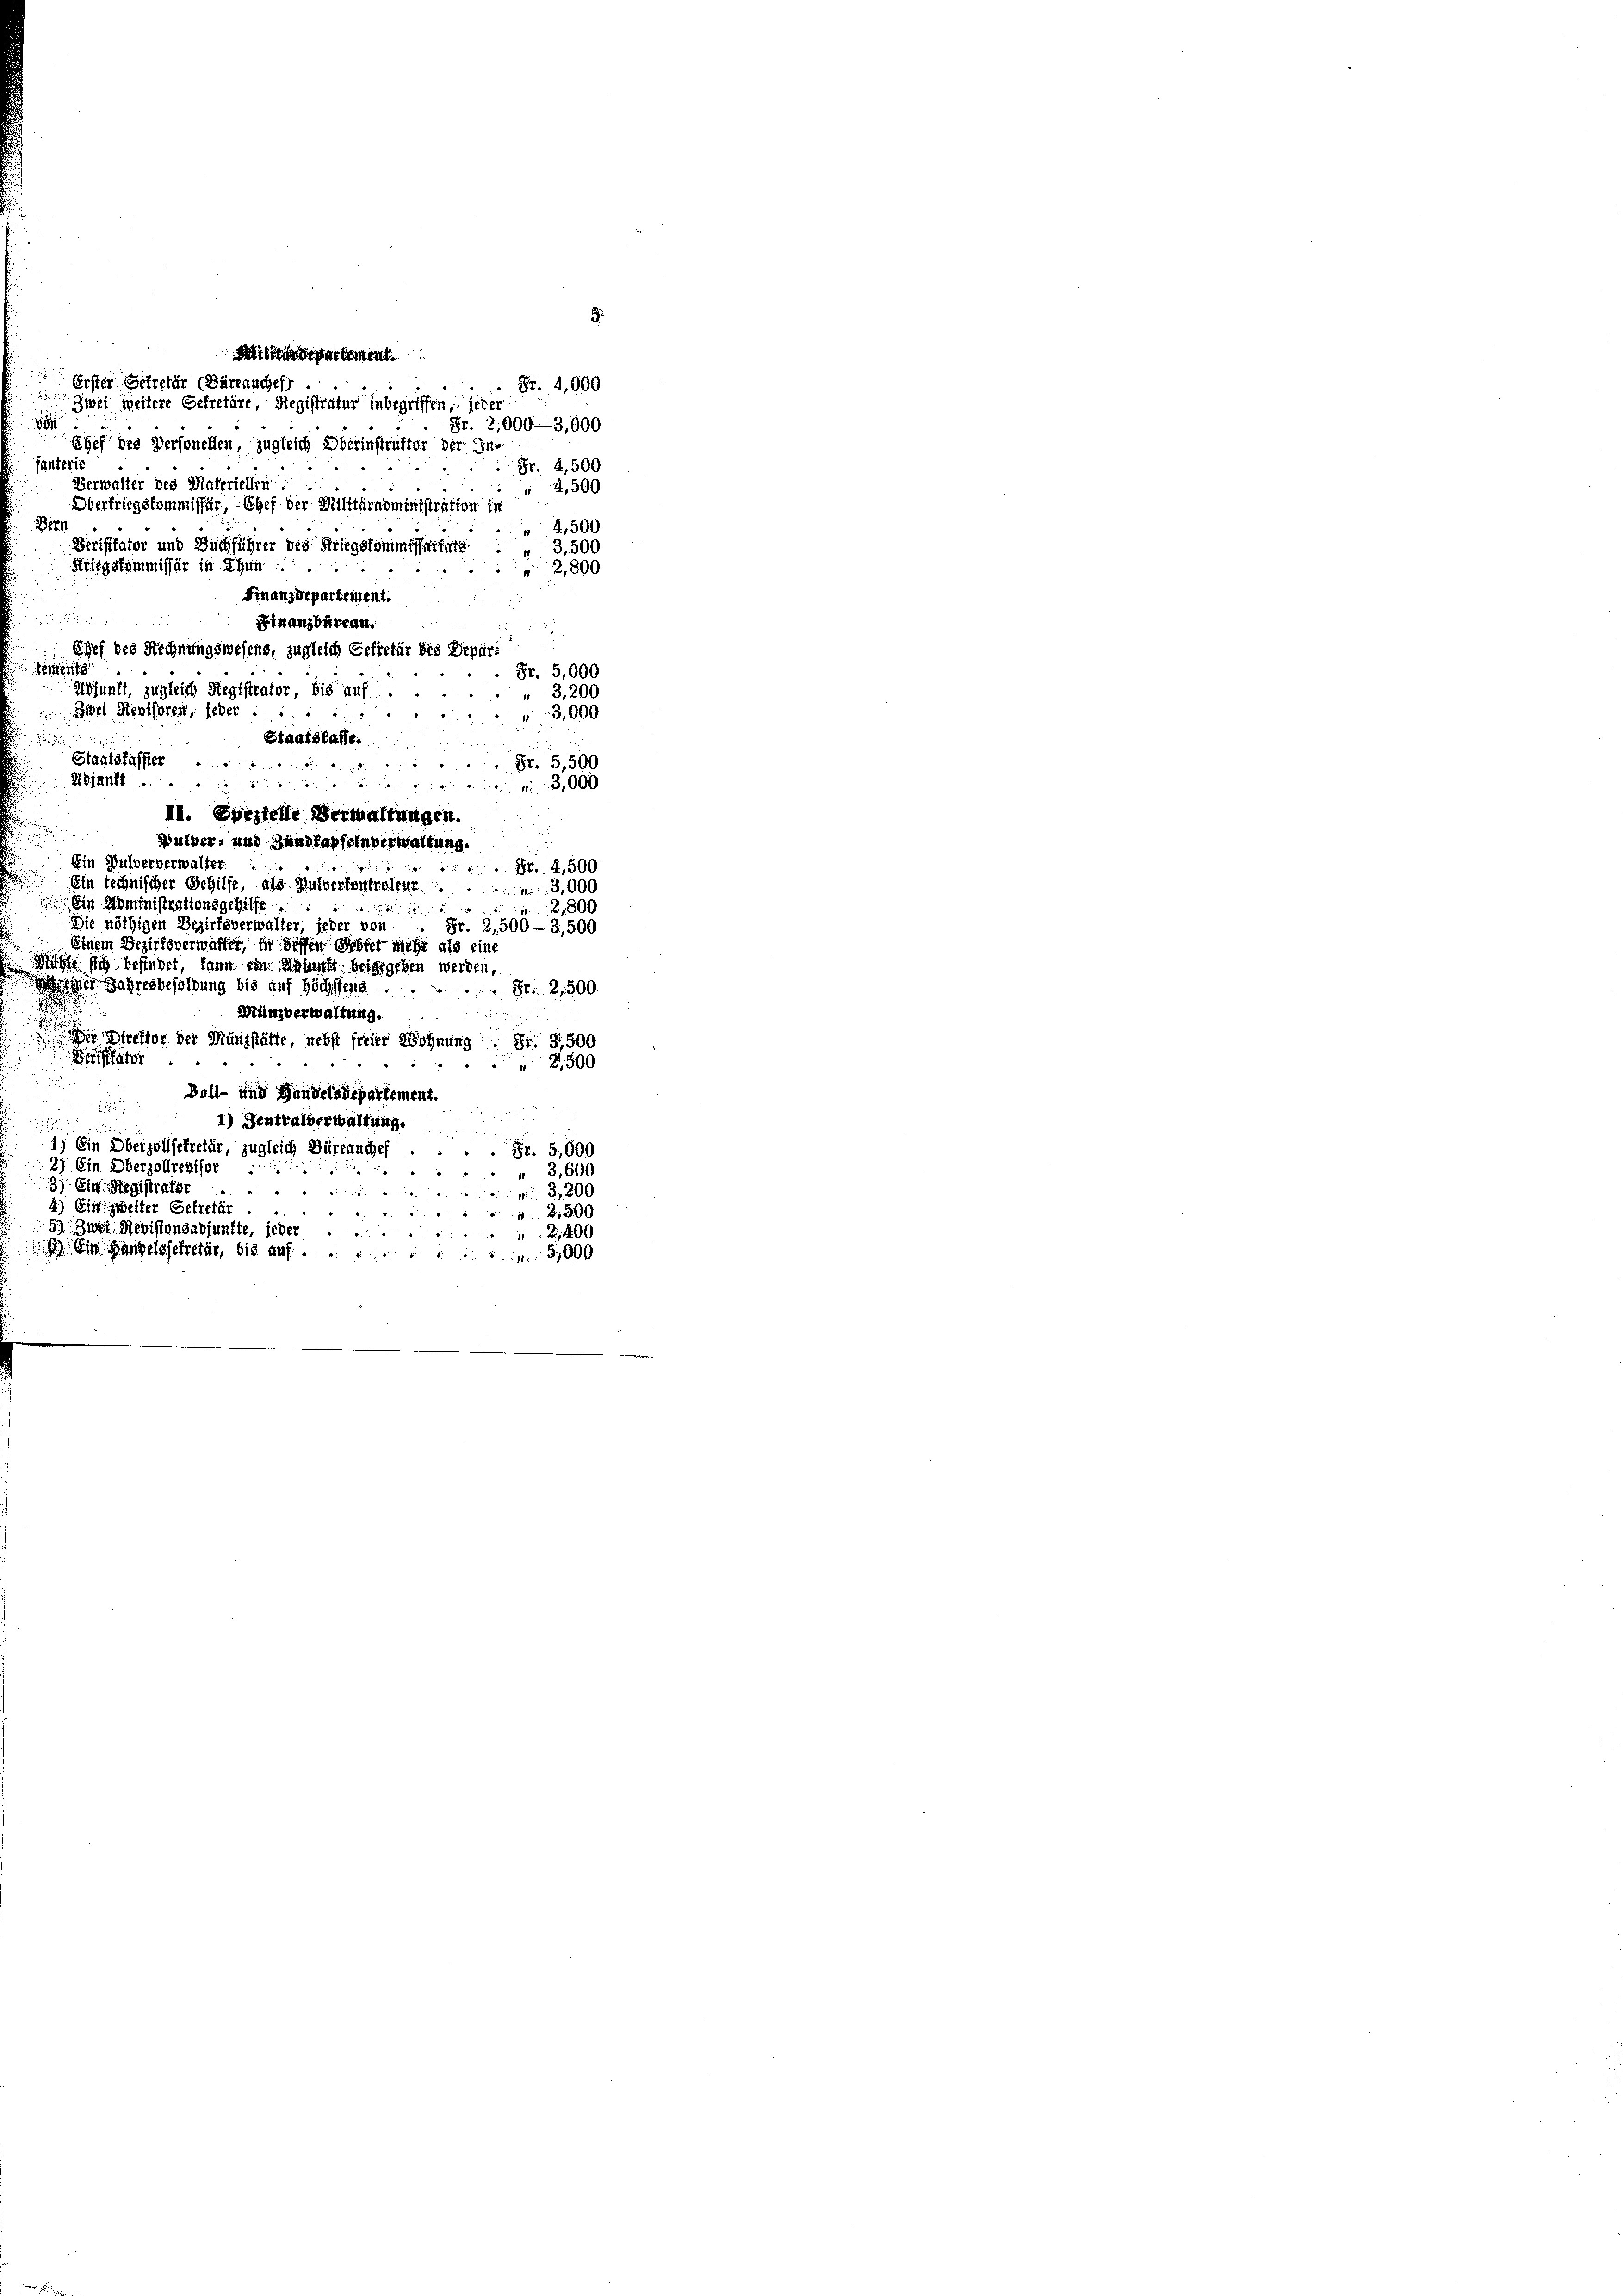
5.
Mittling Partement
Erster Getretär (Bärrauches)
Fr. 4,000
Zwei weitere Gefretäre, Registratur inbegriffen, jeder
Fr. 2,000—3,000
88
Chef die Personellen, zugleich Oberinstrafter der Jur
fanterie
 Fr. 4,500
Verwalter des Materiellen
4,500
Oberfriegskommissär, Chef der Militäradministration in
Ber
2,500
Verifftator und Buchführer des Kriegskommissariats . . 3,500
Kriegskommissär in Ehen
2,800
Finanzdepartement.
e
Finanzbüreau.
u
5
Chef des Rechnungswesens, zugleich Geffetär des Departement
 Fr. 5,000
esjunft, zugleich Registrator, bis auf
3,200
Zwei Revisoren, jeder ..
3,000

Staatskasse.
Staatskasser
Fr. 5,500
d

Pulver- und Zundlapfeln verwaltung.
Ein Gulververwalter
Nr 4,500
Ein technischer Gehilfe, als Hulverfentroleur 3,000
 Ein Noministrationsgehilfe

2,800
Die nöthigen Bezirksverwalter, jeder von . Fr. 2,500-3,500
Einem Bezirksverwalter, in dessen Gester mehr als eine
Mühle sich befindet, kann ein Abfunft beigegeben werden,
eter Jahresbesoldung bis auf höchstens
 Fr. 2500.
.
Münzverwaltung.

 Der Direktor der Münzstätte, nebst freier Wohnung Fr. 3,500
Berflator
2,500
Voll- und Handelsdepartement.

.

1) Zentralverwaltung.

1) Ein Oberzollsekretär, zugleich Büreauches . . . . Fr. 5,000
2) Ein Oberzollrevisor
 3,600
3) Ein Registrafer
 1 3,800
4) Ein zweiter Gekretär .
B 500
5.) Zwei Revisionsadjunkte, jeher
2400
 Ein Handelssekretär, bis auf 5,000

.
2jantt.3,000
II. Spezielle Verwaltungen.